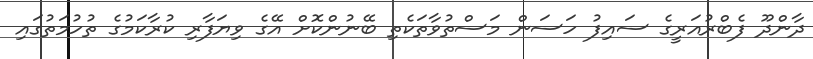
ދާންދޫ ފެބްރުއަރީގެ ސައިފު ހަސަން މަސްތުވާތަކެތި ބޭނުންކޮށް އޭގެ ވިޔަފާރި ކުރާކަމުގެ ތުހުމަތުގައި